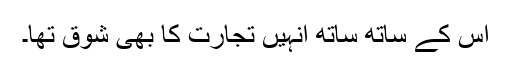
اس کے ساتھ ساتھ انہیں تجارت کا بھی شوق تھا۔